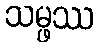
သမ္ဖဿ